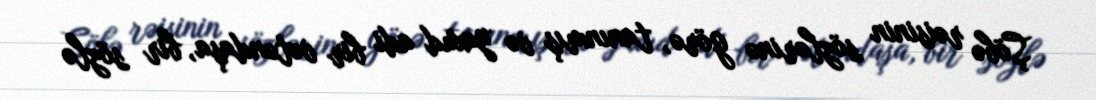
Şöbə rəisinin sözlərinə görə, tanınmış və yaxud adi bir vətəndaşa, bir sözlə